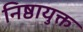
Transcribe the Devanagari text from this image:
निष्ठायुक्त